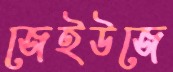
জেইউজে